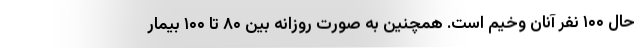
حال ۱۰۰ نفر آنان وخیم است. همچنین به صورت روزانه بین ۸۰ تا ۱۰۰ بیمار